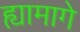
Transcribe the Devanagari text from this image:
ह्यामागे